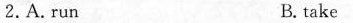
2.A.run B.take